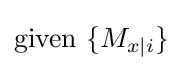
\mathrm {given} \ \{M_{x|i}\}